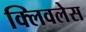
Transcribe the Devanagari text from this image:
क्लिवलेस